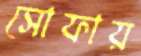
সোফায়